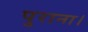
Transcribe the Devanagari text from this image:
पुराना।